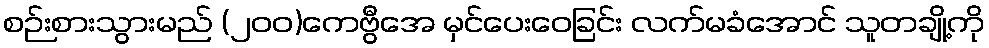
စဉ်းစားသွားမည် (၂၀၀)ကေဗွီအေ မှင်ပေးဝေခြင်း လက်မခံအောင် သူတချို့ကို